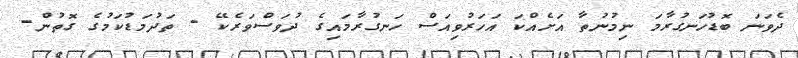
ދެވަނަ ބޮޑުހަނގުރާމަ ނިމުނުތާ އަށެއްކަ އަހަރުވިއަސް ހަނގުރާމައިގެ ދުވަސްވަރެކޭ - ތަދުމަޑުކަމުގެ ގޮތުން-